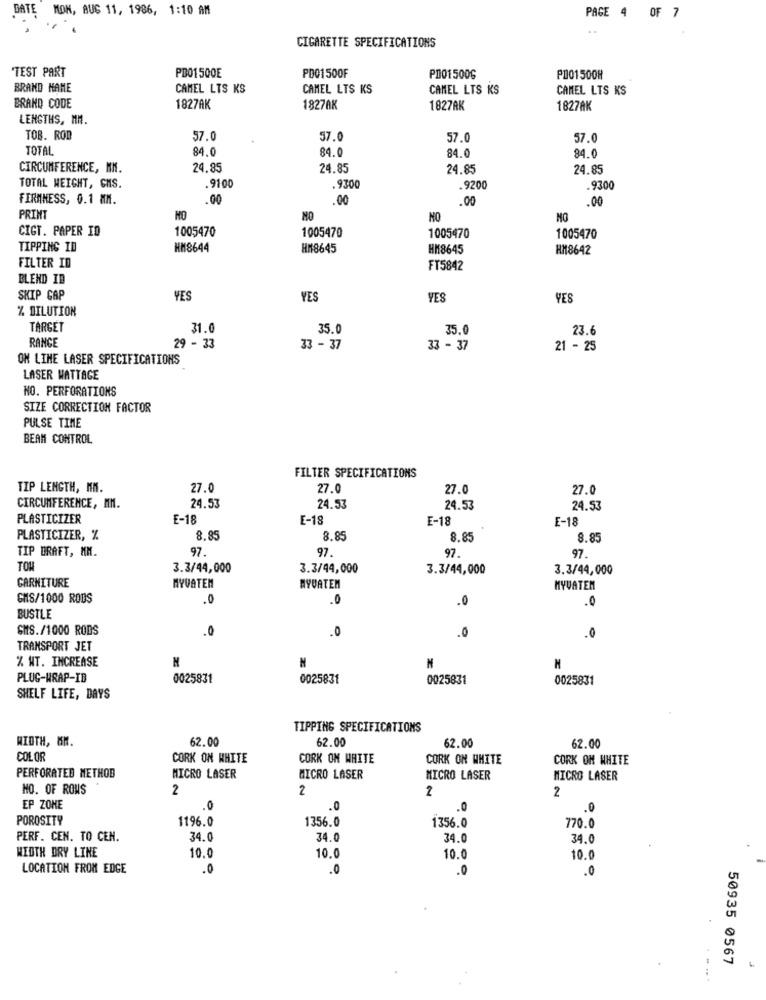
DATE MON, AUG 11, 1986, 1:10 AM
PAGE 4 OF 7
CIGARETTE SPECIFICATIONS
"TEST PART
PD01500E
PD01500F
PD01500G
PD01500H
BRAND NAME
CAMEL LTS KS
CAMEL LTS KS
CAMEL LTS KS
CAMEL LTS KS
BRAND CODE
1827AK
1827AK
1827AK
1827AK
LENGTHS, MM.
TOB. ROD
57.0
57.0
57.0
57.0
TOTAL
84.0
84.0
84.0
34.0
CIRCUMFERENCE, MM.
24.85
24.85
24.85
24.85
TOTAL WEIGHT, CMS.
.9100
.9300
.9200
.9300
FIRMNESS, 0.1 MM.
.00
.00
.00
.00
PRINT
HO
NO
NO
MO
CIGT. PAPER ID
1005470
1005470
1005470
1005470
TIPPING ID
HM8644
HM8645
HM8645
HM18642
FILTER ID
FT5842
BLEND ID
SKIP GAP
YES
YES
YES
YES
% DILUTION
TARGET
31.0
35.0
35.0
23.6
RANGE
29 - 33
33 - 37
33 - 37
21 - 25
ON LINE LASER SPECIFICATIONS
LASER WATTAGE
NO. PERFORATIONS
SIZE CORRECTION FACTOR
PULSE TIME
BEAN CONTROL
FILTER SPECIFICATIONS
TIP LENGTH, MM.
27.0
27.0
27.0
27.0
CIRCUMFERENCE, MM.
24.53
24.53
24.53
24.53
PLASTICIZER
£-18
E-18
E-18
E-18
PLASTICIZER, %
8.85
8.8
8.85
8.85
TIP DRAFT, MM.
97
97
97.
97.
TOM
3.3/44,000
3.3/44,000
3.3/44,000
3.3/44,000
GARNITURE
MYVATEN
MYUATEM
MYVATEM
GHS/1000 RODS
.0
.0
BUSTLE
SMS./1000 RODS
.0
.0
.0
.0
TRANSPORT JET
% NT. INCREASE
N
PLUG-WRAP-ID
0025831
0025831
0025831
0025831
SHELF LIFE, DAYS
TIPPING SPECIFICATIONS
WIDTH, OM.
62.00
62.00
62.00
62.00
COLOR
CORK ON WHITE
CORK OM WHITE
CORK ON WHITE
CORK OM WHITE
PERFORATED METHOB
MICRO LASER
MICRO LASER
MICRO LASER
MICRO LASER
NO. OF ROWS
2
2
2
2
EP ZONE
.0
.0
.0
.0
POROSITY
1196.0
1356.0
1356.0
770.0
PERF. CEN. TO CEN.
34.0
34.0
34.
34.0
WIDTH DRY LINE
10.0
10.0
10.0
10.0
LOCATION FROM EDGE
.0
.0
.0
.0
50935 0567
...